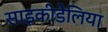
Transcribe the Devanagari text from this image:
साइकीडेलिया